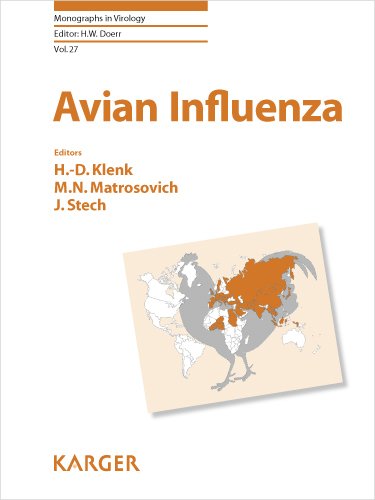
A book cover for Avian Influenza (Monographs in Virology, Vol. 27); Medical Books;